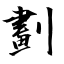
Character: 劃